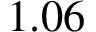
1 . 0 6